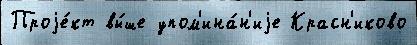
Проjе́кт вы́ше упом'ина́н'иjе Красн'иково